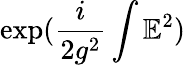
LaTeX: \exp({\frac{i}{2g^{2}}}\int\mathbb{E}^{2})